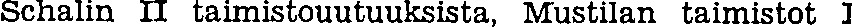
Schalin II taimistouutuuksista, Mustilan taimistot 1